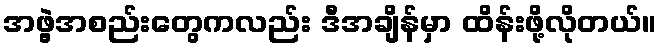
အဖွဲ့အစည်းတွေကလည်း ဒီအချိန်မှာ ထိန်းဖို့လိုတယ်။